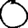
Digit: 0